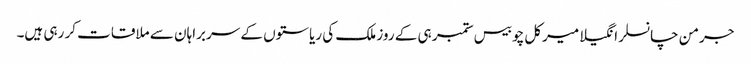
جرمن چانسلر انگیلا میرکل چوبیس ستمبر ہی کے روز ملک کی ریاستوں کے سربراہان سے ملاقات کر رہی ہیں۔